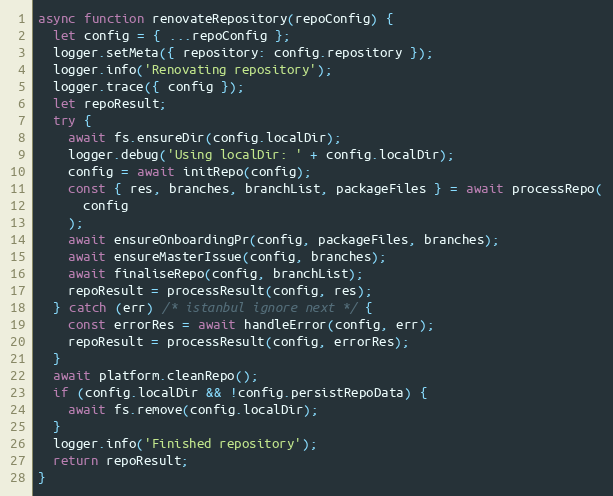
Language: JavaScript
async function renovateRepository(repoConfig) {
  let config = { ...repoConfig };
  logger.setMeta({ repository: config.repository });
  logger.info('Renovating repository');
  logger.trace({ config });
  let repoResult;
  try {
    await fs.ensureDir(config.localDir);
    logger.debug('Using localDir: ' + config.localDir);
    config = await initRepo(config);
    const { res, branches, branchList, packageFiles } = await processRepo(
      config
    );
    await ensureOnboardingPr(config, packageFiles, branches);
    await ensureMasterIssue(config, branches);
    await finaliseRepo(config, branchList);
    repoResult = processResult(config, res);
  } catch (err) /* istanbul ignore next */ {
    const errorRes = await handleError(config, err);
    repoResult = processResult(config, errorRes);
  }
  await platform.cleanRepo();
  if (config.localDir && !config.persistRepoData) {
    await fs.remove(config.localDir);
  }
  logger.info('Finished repository');
  return repoResult;
}